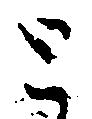
と